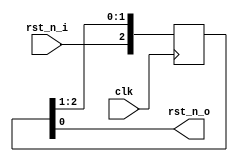
module rst_n_piple #(                       
	parameter	DLY = 3                         
)(                                          
input		wire		clk,                        
input		wire		rst_n_i,                    
                                            
output	        wire		rst_n_o             
);                                          
                                            
generate                                    
if( DLY >= 2 ) begin :Delay_more_than2      
                                            
		reg	[DLY-1:0] rst_dly = {DLY{1'b0}};    
		                                        
		always @( posedge clk )                 
		begin                                   
			rst_dly <= {rst_n_i,rst_dly[DLY-1:1]};
		end                                     
           assign rst_n_o = rst_dly[0];     
end else begin                              
		reg[1:0] rst_dly = 2'b00;               
		always @( posedge clk )                 
		begin                                   
				rst_dly <= {rst_n_i,rst_dly[1]};    
		end                                     
            assign rst_n_o = rst_dly[0];    
end                                         
endgenerate                                 
                                            
                                            
                                            
                                            
endmodule